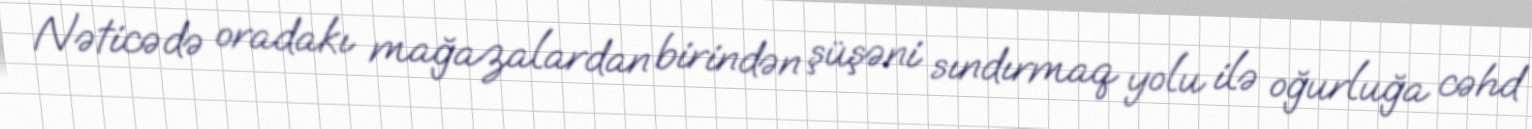
Nəticədə oradakı mağazalardan birindən şüşəni sındırmaq yolu ilə oğurluğa cəhd